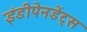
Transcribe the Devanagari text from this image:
इंडीपेनडेंट्स